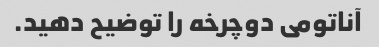
آناتومی دوچرخه را توضیح دهید.